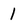
Character: 1